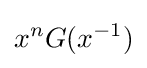
x^{n}G(x^{-1})